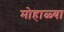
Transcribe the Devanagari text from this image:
मोहाळ्या